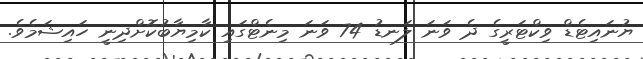
ޔުނައިޓެޑް ވިކްޓަރީގެ ދެ ވަނަ ލަނޑު 74 ވަނަ މިނެޓްގައި ކާމިޔާބުކޮށްދިނީ ހައިޝަމެވެ.